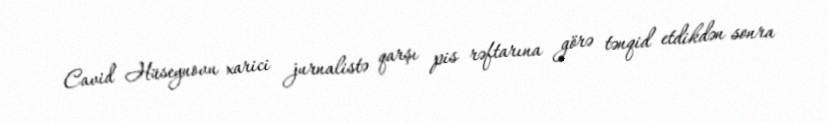
Cavid Hüseynovu xarici jurnalistə qarşı pis rəftarına görə tənqid etdikdən sonra